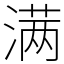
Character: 满